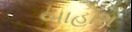
બાહોશ